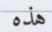
هذه